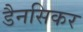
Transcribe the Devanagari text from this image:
डैनसिकर